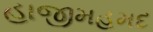
હાજીમહમદ